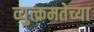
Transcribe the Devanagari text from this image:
व्युत्क्रमतेच्या